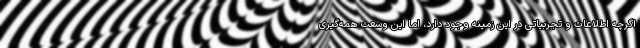
اگرچه اطلاعات و تجربیاتی در این زمینه وجود دارد، اما این وسعت همه‌گیری